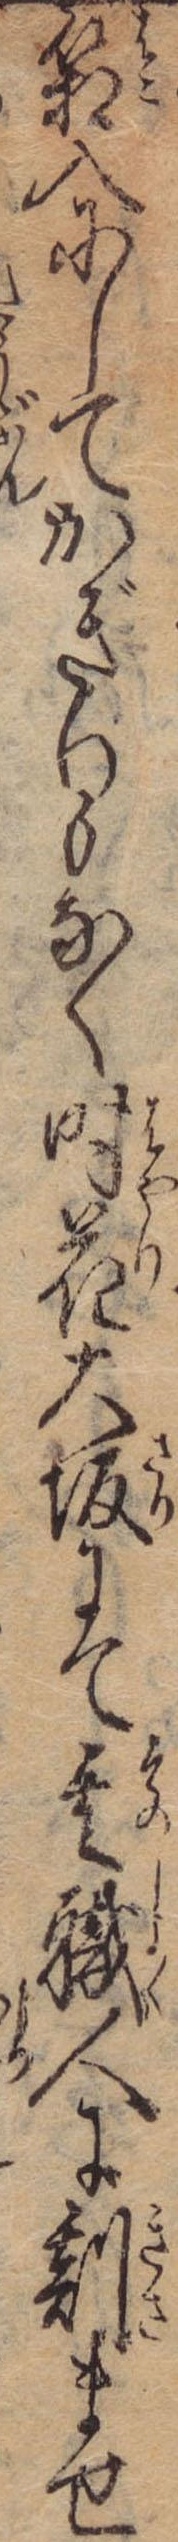
箱入にしてかぎりもなく時花大坂にて其職人に刻ませ